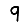
Digit: 9